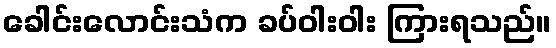
ခေါင်းလောင်းသံက ခပ်ဝါးဝါး ကြားရသည်။